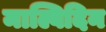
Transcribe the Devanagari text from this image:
माल्विदिन